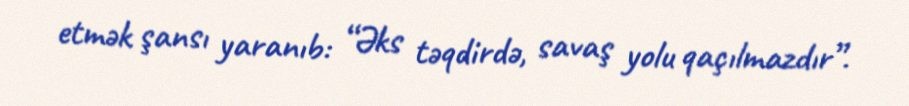
etmək şansı yaranıb: “Əks təqdirdə, savaş yolu qaçılmazdır”.